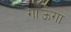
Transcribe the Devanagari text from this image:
गाऊंगा